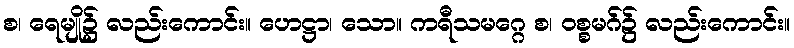
စ၊ ရေမျို၌ လည်းကောင်း။ ဟေဋ္ဌာ၊ သော။ ကရီသမဂ္ဂေ စ၊ ဝစ္စမဂ်၌ လည်းကောင်း။